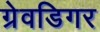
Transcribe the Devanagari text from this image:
ग्रेवडिगर